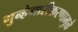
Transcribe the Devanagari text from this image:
गुन्हेगारीकरणामुळे